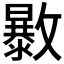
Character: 𣀠